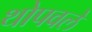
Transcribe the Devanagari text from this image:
थोपवले